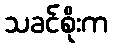
သခင်စိုးက